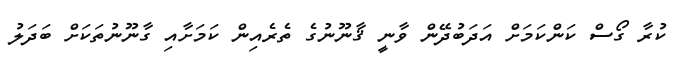
ކުރާ ގޯސް ކަންކަމަށް އަދަބުދޭން ވާނީ ޤާނޫނުގެ ތެރެއިން ކަމަށާއި ގާނޫނުތަކަށް ބަދަލު